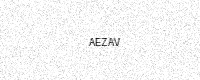
Text: AEZAV